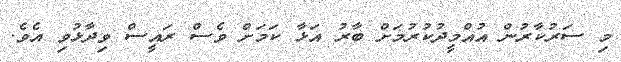
މި ސަރުކާރުން އުއްމީދުކުރުމަށް ބާރު އަޅާ ކަމަށް ވެސް ރައީސް ވިދާޅުވި އެވެ.